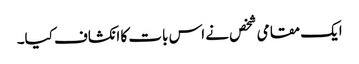
ایک مقامی شخص نے اس بات کا انکشاف کیا۔